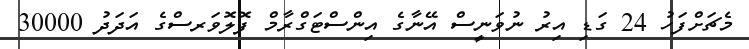
މެޗަށްފަހު 24 ގަޑި އިރު ނުވަނީސް އޭނާގެ އިންސްޓަގްރާމް ފޮލޮވަރސްގެ އަދަދު 30000